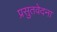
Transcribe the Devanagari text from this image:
प्रसुतवेदना